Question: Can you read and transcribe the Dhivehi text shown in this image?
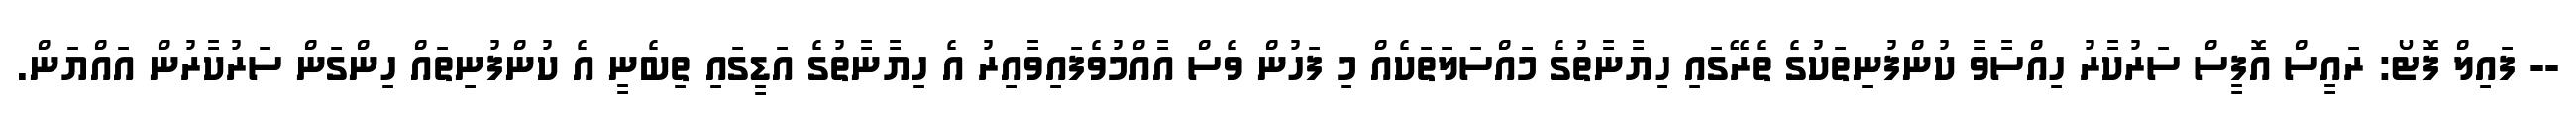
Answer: -- ފައިލް ފޮޓޯ: ރައީސް އޮފީސް ސަރުކާރު ހިއްސާވާ ކުންފުނިތަކުގެ ތެރޭގައި ހިޔާނާތުގެ މައްސަލަތަކެއް މި ފަހުން ވެސް އާއްމުވެފައިވާއިރު އެ ހިޔާނާތުގެ އަޑީގައި ތިބެނީ އެ ކުންފުނިތައް ހިންގަން ސަރުކާރުން އައްޔަން.